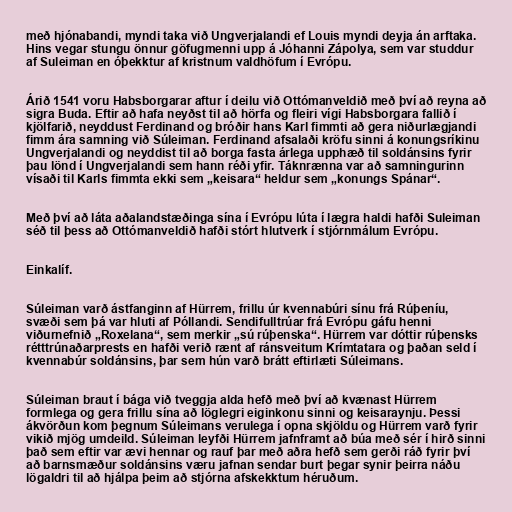
með hjónabandi, myndi taka við Ungverjalandi ef Louis myndi deyja án arftaka.
Hins vegar stungu önnur göfugmenni upp á Jóhanni Zápolya, sem var studdur
af Suleiman en óþekktur af kristnum valdhöfum í Evrópu.

Árið 1541 voru Habsborgarar aftur í deilu við Ottómanveldið með því að reyna að
sigra Buda. Eftir að hafa neyðst til að hörfa og fleiri vígi Habsborgara fallið í
kjölfarið, neyddust Ferdinand og bróðir hans Karl fimmti að gera niðurlægjandi
fimm ára samning við Súleiman. Ferdinand afsalaði kröfu sinni á konungsríkinu
Ungverjalandi og neyddist til að borga fasta árlega upphæð til soldánsins fyrir
þau lönd í Ungverjalandi sem hann réði yfir. Táknrænna var að samningurinn
vísaði til Karls fimmta ekki sem „keisara“ heldur sem „konungs Spánar“.

Með því að láta aðalandstæðinga sína í Evrópu lúta í lægra haldi hafði Suleiman
séð til þess að Ottómanveldið hafði stórt hlutverk í stjórnmálum Evrópu.

Einkalíf.

Súleiman varð ástfanginn af Hürrem, frillu úr kvennabúri sínu frá Rúþeníu,
svæði sem þá var hluti af Póllandi. Sendifulltrúar frá Evrópu gáfu henni
viðurnefnið „Roxelana“, sem merkir „sú rúþenska“. Hürrem var dóttir rúþensks
rétttrúnaðarprests en hafði verið rænt af ránsveitum Krímtatara og þaðan seld í
kvennabúr soldánsins, þar sem hún varð brátt eftirlæti Súleimans.

Súleiman braut í bága við tveggja alda hefð með því að kvænast Hürrem
formlega og gera frillu sína að löglegri eiginkonu sinni og keisaraynju. Þessi
ákvörðun kom þegnum Súleimans verulega í opna skjöldu og Hürrem varð fyrir
vikið mjög umdeild. Súleiman leyfði Hürrem jafnframt að búa með sér í hirð sinni
það sem eftir var ævi hennar og rauf þar með aðra hefð sem gerði ráð fyrir því
að barnsmæður soldánsins væru jafnan sendar burt þegar synir þeirra náðu
lögaldri til að hjálpa þeim að stjórna afskekktum héruðum.